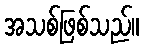
အသစ်ဖြစ်သည်။